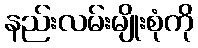
နည်းလမ်းမျိုးစုံကို